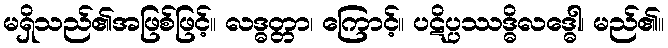
မရှိသည်၏အဖြစ်ဖြင့်။ လဒ္ဓတ္တာ၊ ကြောင့်။ ပဋိပ္ပဿဒ္ဓိလဒ္ဓေါ၊ မည်၏။